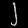
Digit: ၂